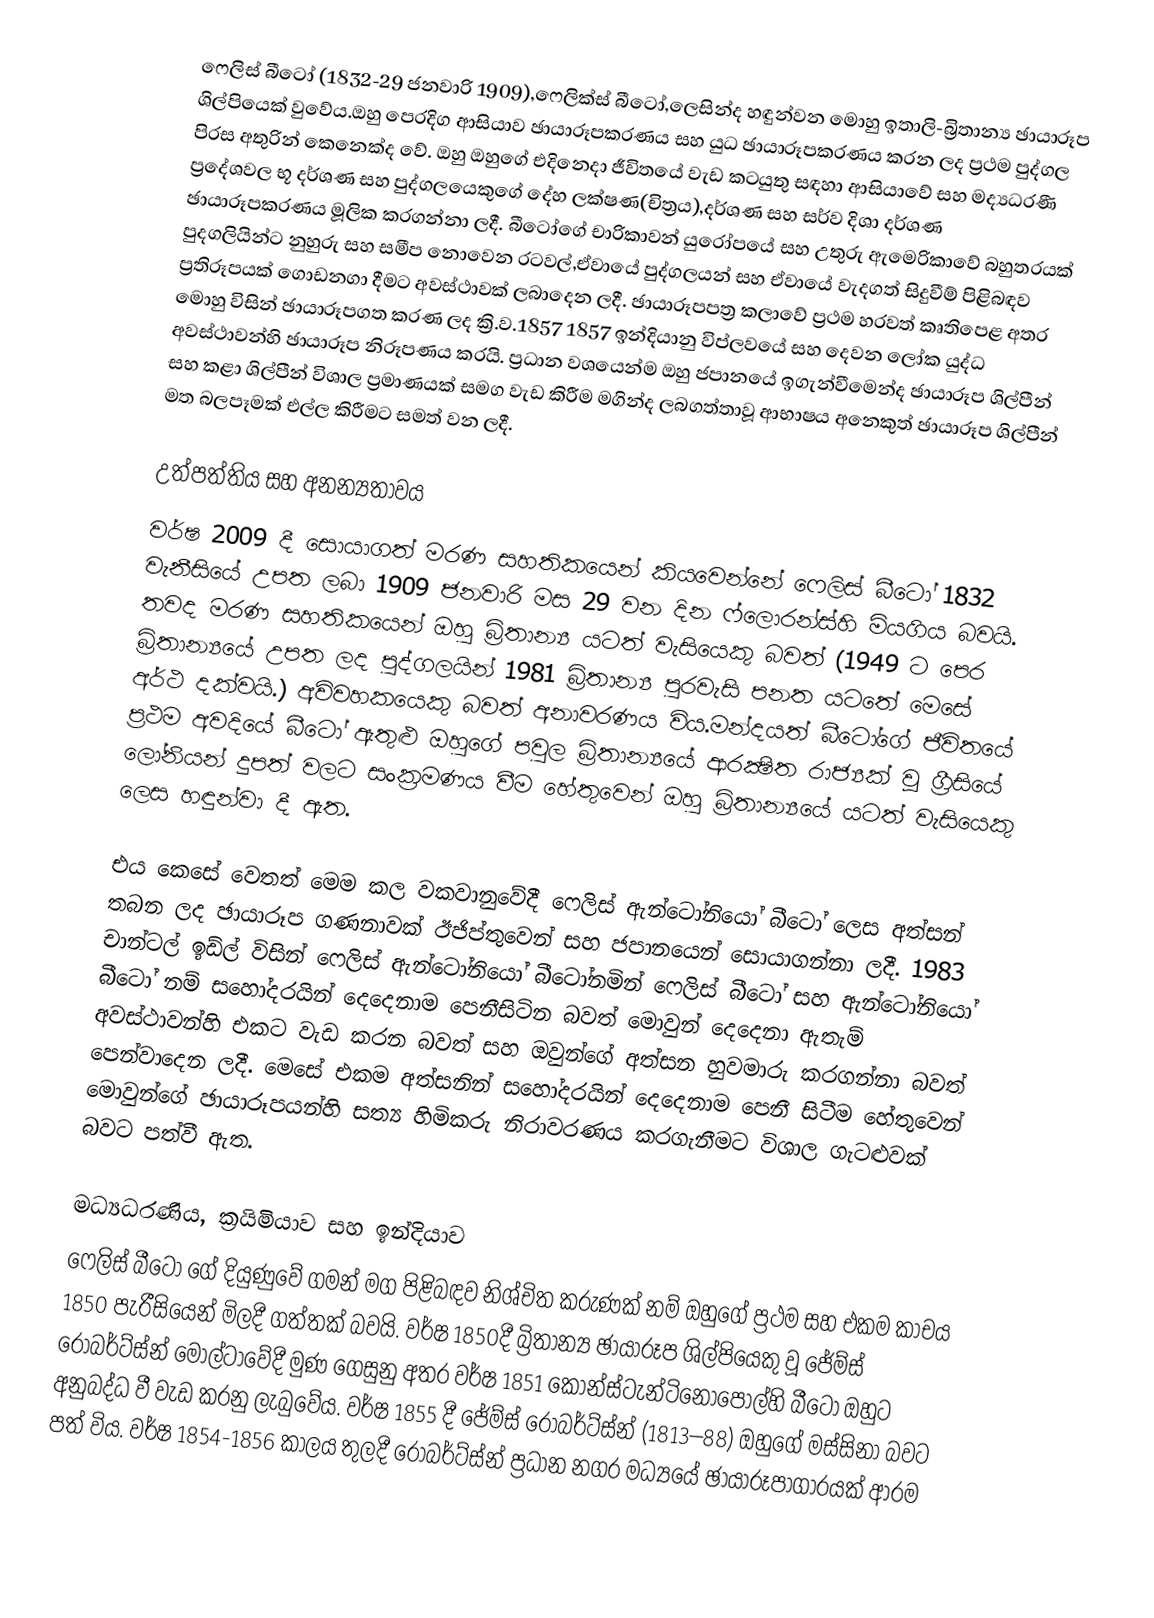
ෆෙලිස් බීටෝ (1832-29 ජනවාරි 1909),ෆෙලික්ස් බීටෝ,ලෙසින්ද හඳුන්වන මොහු ඉතාලි-බ්‍රිතාන්‍ය ඡායාරූප ශිල්පියෙක් වුවේය.ඔහු පෙරදිග ආසියාව ඡායාරූපකරණය සහ යුධ ඡායාරූපකරණය කරන ලද ප්‍රථම පුද්ගල පිරස අතුරින් කෙනෙක්ද වේ. ඔහු ඔහුගේ එදිනෙදා ජීවිතයේ වැඩ කටයුතු සඳහා ආසියාවේ සහ මද්‍යධරණී ප්‍රදේශවල භූ දර්ශණ සහ පුද්ගලයෙකුගේ දේහ ලක්ෂණ(චිත්‍රය),දර්ශණ සහ සර්ව දිශා දර්ශණ ඡායාරූපකරණය මූලික කරගන්නා ලදී. බීටෝගේ චාරිකාවන් යුරෝපයේ සහ උතුරු ඇමෙරිකාවේ බහුතරයක් පුදගලියින්ට නුහුරු සහ සමීප නොවෙන රටවල්,ඒවායේ පුද්ගලයන් සහ ඒවායේ වැදගත් සිදුවීම් පිළිබඳව ප්‍රතිරූපයක් ගොඩනගා දීමට අවස්ථාවක් ලබාදෙන ලදී. ඡායාරූපපත්‍ර කලාවේ ප්‍රථම හරවත් කෘතිපෙළ අතර මොහු විසින් ඡායාරූපගත කරණ ලද ක්‍රි.ව.1857 1857 ඉන්දියානු විප්ලවයේ සහ දෙවන ලෝක යුද්ධ අවස්ථාවන්හි ඡායාරූප නිරූපණය කරයි. ප්‍රධාන වශයෙන්ම ඔහු ජපානයේ ඉගැන්වීමෙන්ද ඡායාරූප ශිල්පීන් සහ කළා ශිල්පීන් විශාල ප්‍රමාණයක් සමග වැඩ කිරීම මගින්ද ලබගත්තාවූ ආභාෂය අනෙකුත් ඡායාරූප ශිල්පීන් මත බලපෑමක් එල්ල කිරීමට සමත් වන ලදී.

උත්පත්තිය සහ අනන්‍යතාවය
වර්ෂ 2009 දී සොයාගත් මරණ සහතිකයෙන් කියවෙන්නේ ෆෙලිස් බීටෝ 1832 වැනීසියේ උපත ලබා 1909 ජනවාරි මස 29 වන දින ෆ්ලොරන්ස්හි මියගිය බවයි. තවද මරණ සහතිකයෙන් ඔහු බ්‍රිතාන්‍ය යටත් වැසියෙකු  බවත් (1949 ට පෙර බ්‍රිතාන්‍යයේ උපත ලද පුද්ගලයින් 1981 බ්‍රිතාන්‍ය පුරවැසි පනත යටතේ මෙසේ අර්ථ දක්වයි.) අවිවහකයෙකු බවත් අනාවරණය විය.මන්දයත් බීටෝගේ ජීවිතයේ ප්‍රථම අවදියේ බීටෝ ඇතුළු ඔහුගේ පවුල බ්‍රිතාන්‍යයේ ආරක්‍ෂිත රාජ්‍යක් වූ ග්‍රීසියේ ලෝනියන් දුපත් වලට සංක්‍රමණය වීම හේතුවෙන් ඔහු බ්‍රිතාන්‍යයේ යටත් වැසියෙකු ලෙස හඳුන්වා දී ඇත.

එය කෙසේ වෙතත් මෙම කල වකවානුවේදී ෆෙලිස් ඇන්ටෝනියෝ බීටෝ ලෙස අත්සන් තබන ලද ඡායාරූප ගණනාවක් ඊජිප්තුවෙන්  සහ ජපානයෙන් සොයාගන්නා ලදී. 1983 චාන්ටල් ඉඩ්ල් විසින් ෆෙලිස් ඇන්ටෝනියෝ බීටෝනමින් ෆෙලිස් බීටෝ සහ ඇන්ටෝනියෝ බීටෝ නම් සහෝදරයින් දෙදෙනාම පෙනීසිටින බවත් මොවුන් දෙදෙනා ඇතැම් අවස්ථාවන්හි එකට වැඩ කරන බවත් සහ ඔවුන්ගේ අත්සන හුවමාරු කරගන්නා බවත් පෙන්වාදෙන ලදී. මෙසේ එකම අත්සනින් සහෝදරයින් දෙදෙනාම පෙනී සිටීම හේතුවෙන් මොවුන්ගේ ඡායාරූපයන්හි සත්‍ය හිමිකරු නිරාවරණය කරගැනීමට විශාල ගැටළුවක් බවට පත්වී ඇත.

මධ්‍යධරණිය, ක්‍රයිමියාව සහ ඉන්දියාව
ෆෙලිස් බීටෝ ගේ දියුණුවේ ගමන් මග පිළිබඳව නිශ්චිත කරුණක් නම් ඔහුගේ ප්‍රථම සහ එකම කාචය  1850 පැරීසියෙන් මිලදී ගත්තක් බවයි. වර්ෂ 1850දී බ්‍රිතාන්‍ය ඡායාරූප ශිල්පියෙකු වූ ජේම්ස් රොබර්ට්ස්න් මොල්ටාවේදී මුණ ගෙසුනු අතර වර්ෂ 1851 කොන්ස්ටැන්ටිනෝපෝල්හි බීටෝ ඔහුට අනුබද්ධ වී වැඩ කරනු ලැබුවේය. වර්ෂ 1855 දී ජේම්ස් රොබර්ට්ස්න් (1813–88) ඔහුගේ මස්සිනා බවට පත් විය. වර්ෂ 1854-1856 කාලය තුලදී රොබර්ට්ස්න් ප්‍රධාන නගර මධ්‍යයේ ඡායාරූපාගාරයක් ආරම